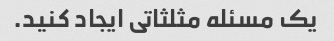
یک مسئله مثلثاتی ایجاد کنید.